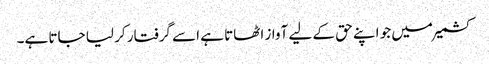
کشمیر میں جو اپنے حق کے لیے آواز اٹھاتا ہے اسے گرفتار کر لیا جاتا ہے۔